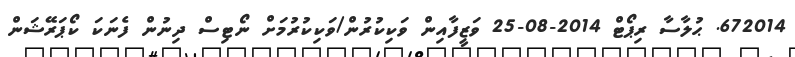
672014. ޙުލާސާ ރިޕޯޓް 2014-08-25 ވަޒީފާއިން ވަކިކުރުން/ވަކިކުރުމަށް ނޯޓިސް ދިނުން ފެނަކަ ކޯޕަރޭޝަން